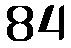
84